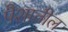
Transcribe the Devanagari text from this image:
पैशातील